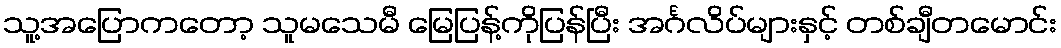
သူ့အပြောကတော့ သူမသေမီ မြေပြန့်ကိုပြန်ပြီး အင်္ဂလိပ်များနှင့် တစ်ချီတမောင်း